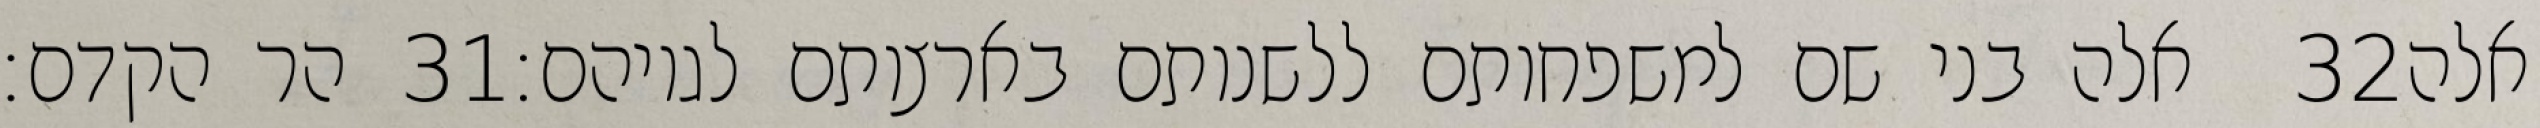
הר הקדם׃ ‎31‏ אלה בני שם למשפחותם ללשנותם בארצותם לגויהם׃ ‎32‏ אלה